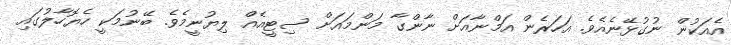
އެއަކުން ނުގުޅޭނެއެވެ. އަހަރެން އަމްނާއަށް ނާންގާ މަންމައަށް ސިޓީއެއް ލިޔުނީމެވެ. ބޭނުމަކީ ހެޔޮހާލުގައި